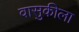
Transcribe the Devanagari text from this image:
वासुकीला